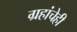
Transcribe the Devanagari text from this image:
ग्रहांचेही